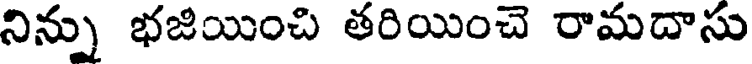
నిన్ను భజియించి తరియించె రామదాసు